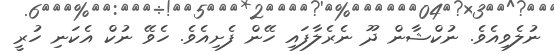
ނުލެވިއެވެ. ނުކްޝާން ދޫ ނެރެލާފައި ހޭން ފެށިއެވެ. ހެވޭ ނުކް އެކަނި ހުރީ